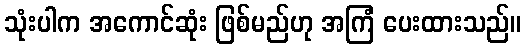
သုံးပါက အကောင်ဆုံး ဖြစ်မည်ဟု အကြံ ပေးထားသည်။